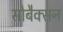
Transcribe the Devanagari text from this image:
सोबैक्सन